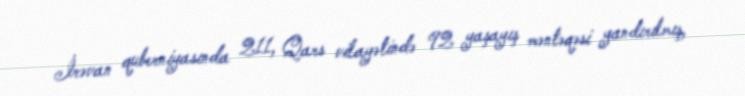
İrəvan quberniyasında 211, Qars vilayətində 92 yaşayış məntəqəsi yandırılmış,